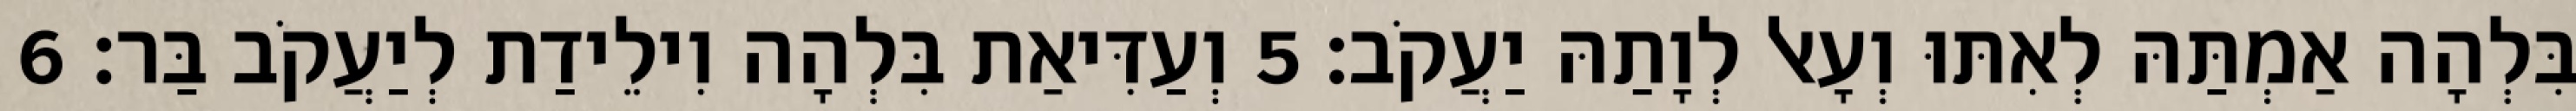
בִּלְהָה אַמְתַּהּ לְאִתּוּ וְעָאל לְוָתַהּ יַעֲקֹב׃ 5 וְעַדִּיאַת בִּלְהָה וִילֵידַת לְיַעֲקֹב בַּר׃ 6